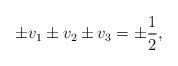
LaTeX: \begin{align*}\pm v_1\pm v_2\pm v_3 = \pm\frac{1}{2},\end{align*}